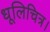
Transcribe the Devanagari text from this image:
धूलिचित्र।